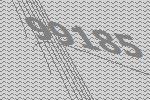
99185